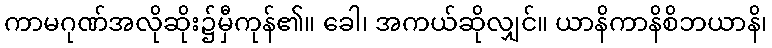
ကာမဂုဏ်အလိုဆိုး၌မှီကုန်၏။ ခေါ၊ အကယ်ဆိုလျှင်။ ယာနိကာနိစိဘယာနိ၊